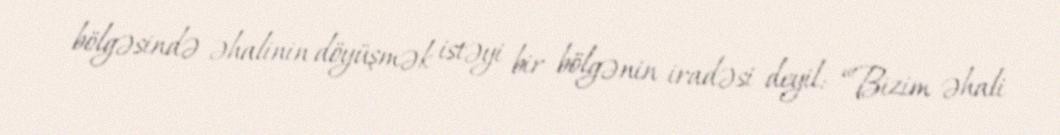
bölgəsində əhalinin döyüşmək istəyi bir bölgənin iradəsi deyil: “Bizim əhali